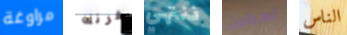
مراوغة فرنك ننتهي تسرقين الناس